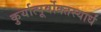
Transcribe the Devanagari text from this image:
कुर्यात्पूर्वोक्तस्यार्धं